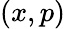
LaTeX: \left(x,p\right)